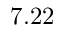
7 . 2 2